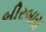
બીરબારા